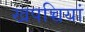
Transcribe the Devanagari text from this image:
खपच्चियां